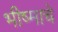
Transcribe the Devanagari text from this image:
भीष्माचे